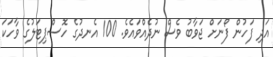
އަދި ފަހުން ފޯނަށް ޖަވާބު ވެސް ނުދެއްވައެވެ. 100 އެނދުގެ ހޮސްޕިޓަލުގެ ވާހަކަ